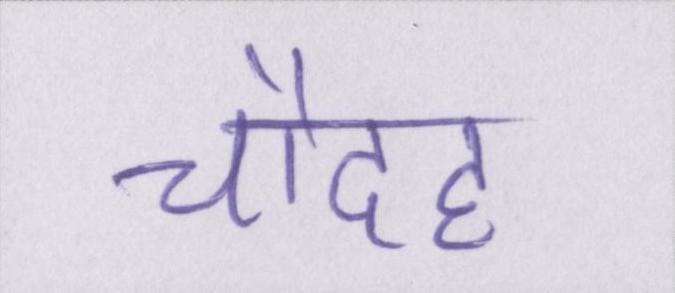
चौदह